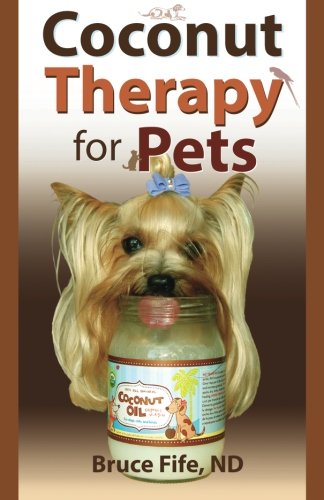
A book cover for Coconut Therapy for Pets; Bruce Fife ND; Medical Books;